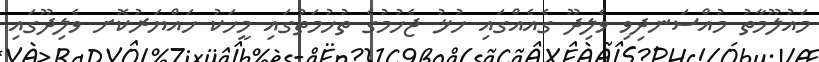
މައުލޫމާތު މުއްސަނދިވި ވެލިދޫ ގެއެއްގައި ހުޅު ޖެހުމުގެ ތުހުމަތުގައި މީހަކު ހައްޔަރުކޮށ ވެލިދޫގައި